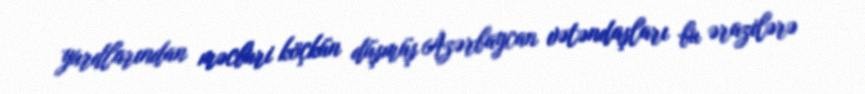
yurdlarından məcburi köçkün düşmüş Azərbaycan vətəndaşları bu ərazilərə